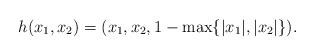
LaTeX: \begin{align*}h(x_1,x_2)=(x_1,x_2,1-\max\{|x_1|,|x_2|\}).\end{align*}